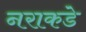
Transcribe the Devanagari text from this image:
नराकडे